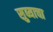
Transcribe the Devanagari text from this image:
सुब्याचा